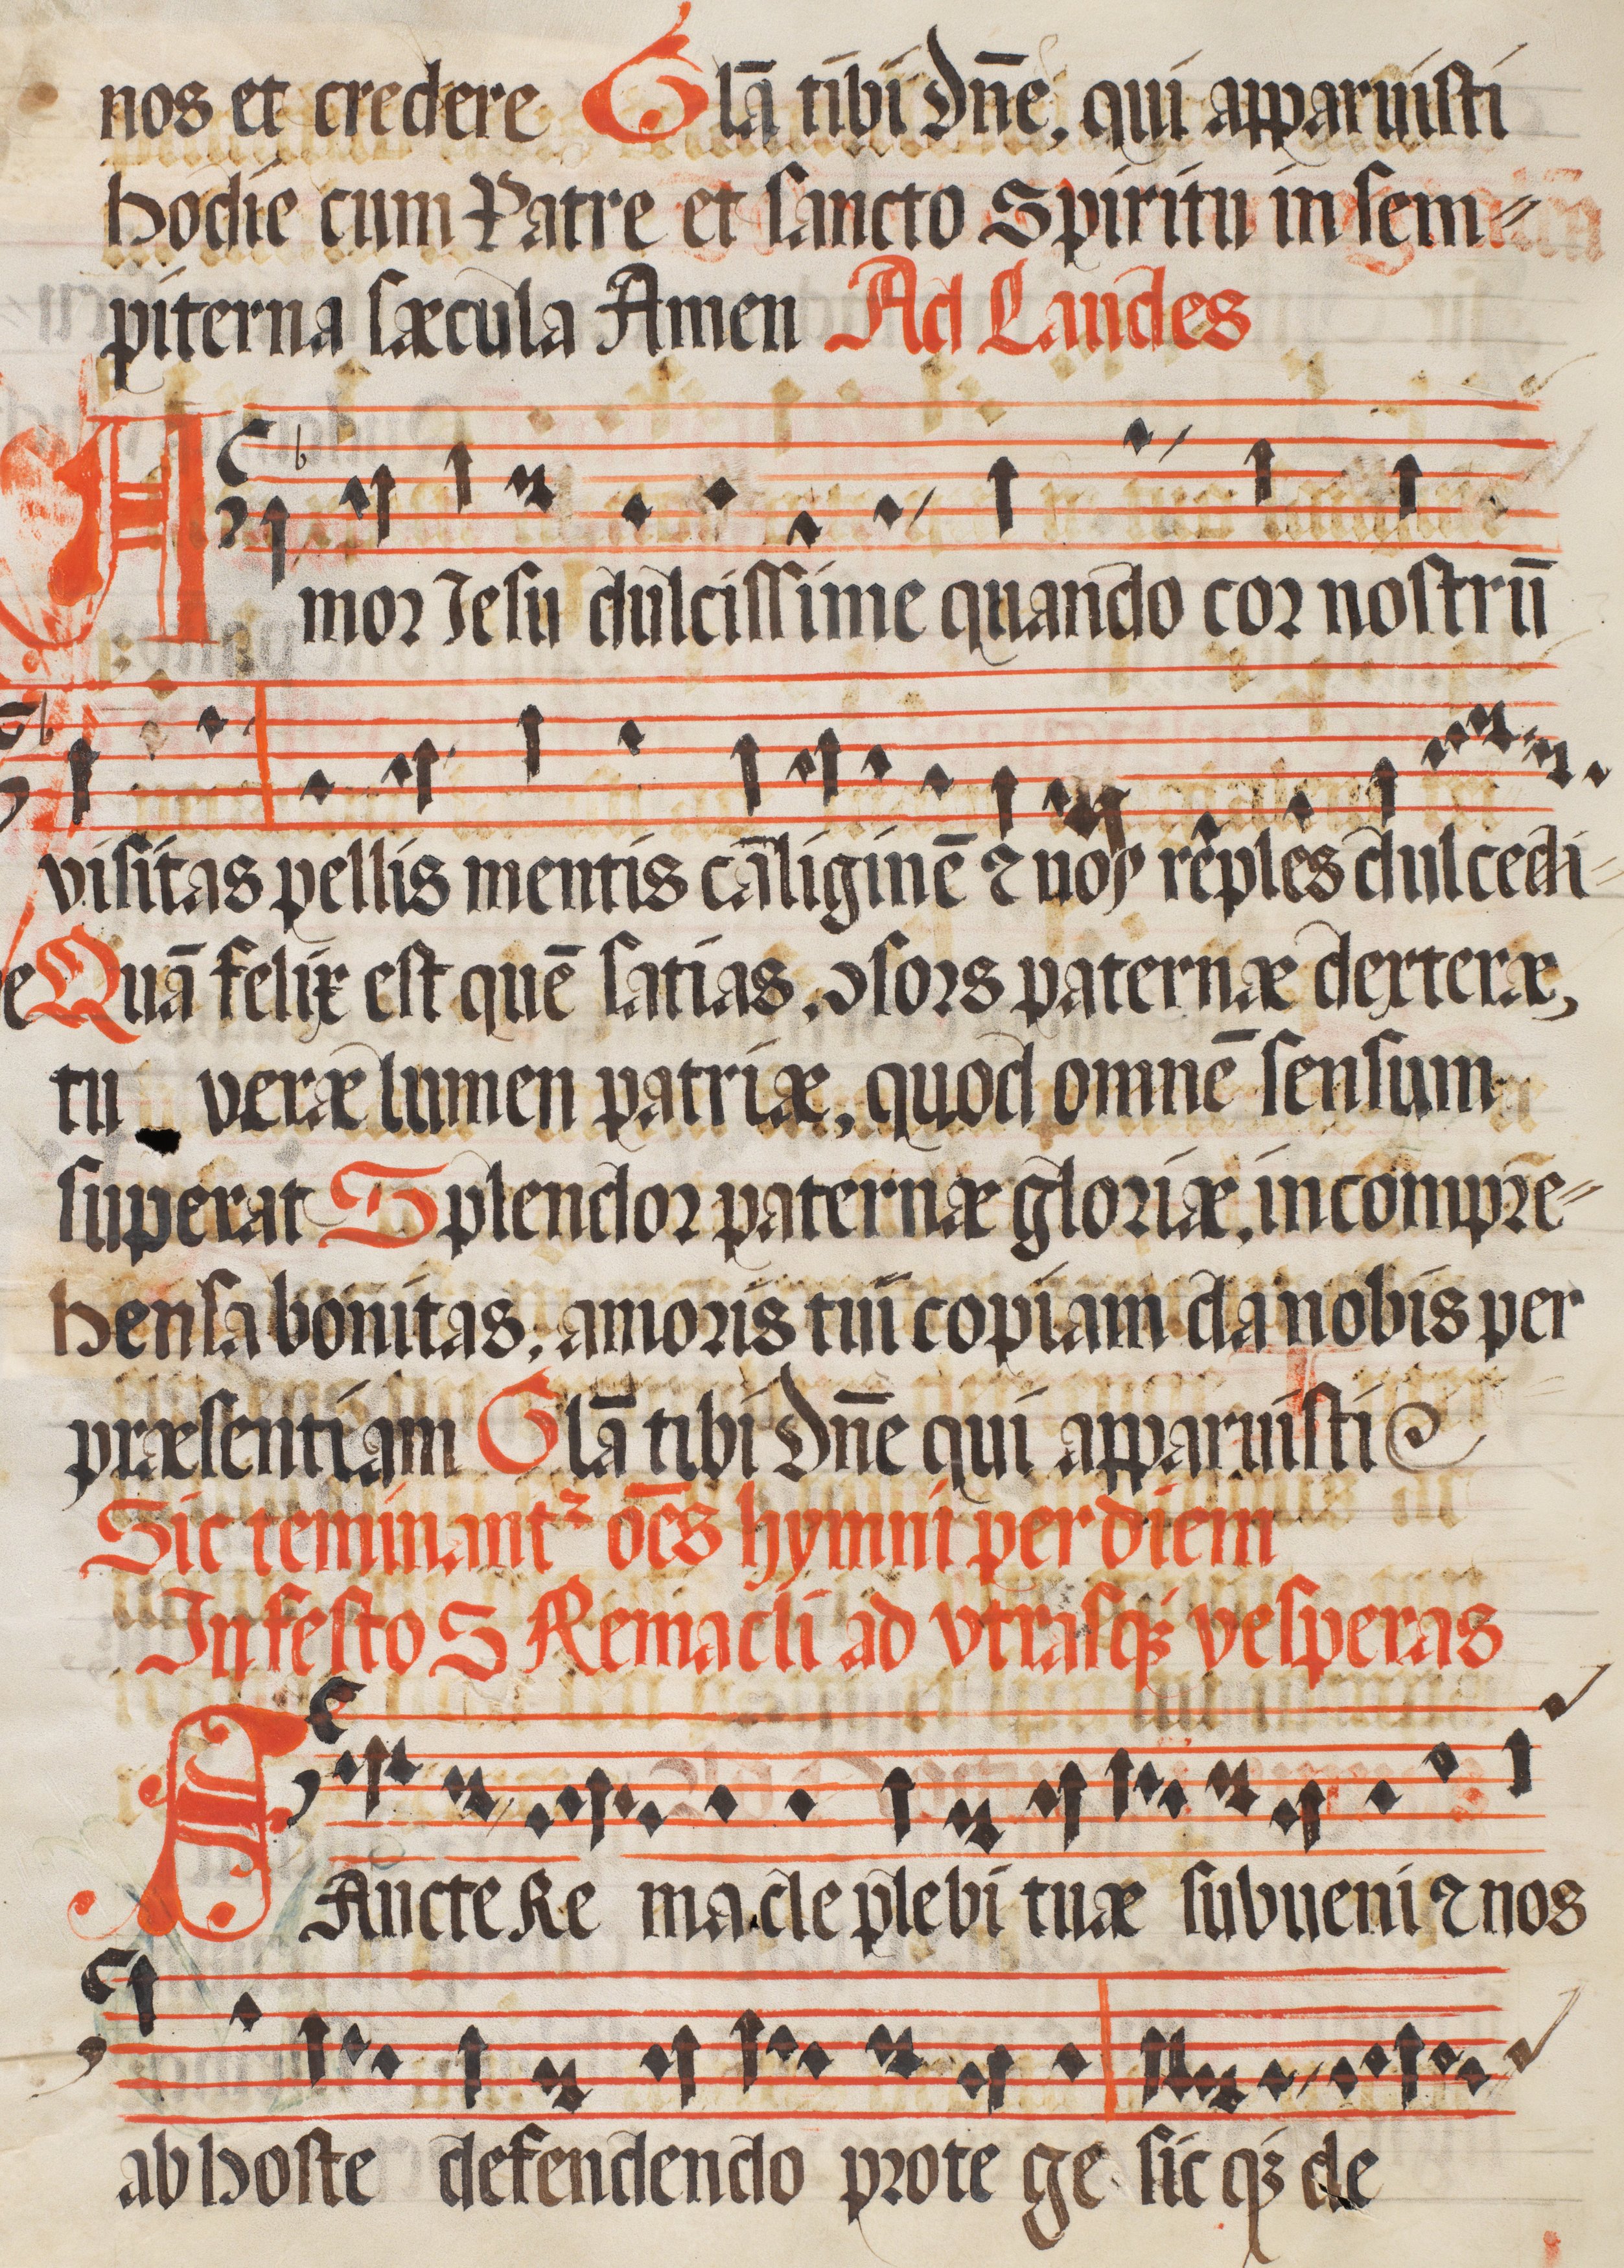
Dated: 1400–1499